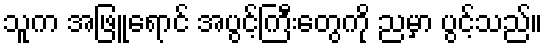
သူက အဖြူရောင် အပွင့်ကြီးတွေကို ညမှာ ပွင့်သည်။